Annual administration report of the Civil Veterinary Department of India - 1910-1911
Year: 1910
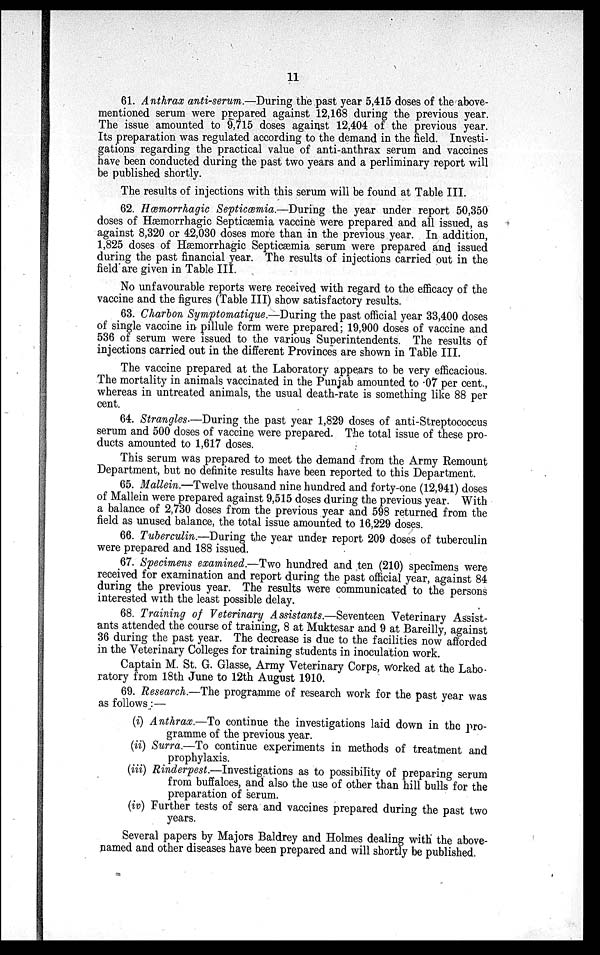
11
61. Anthrax anti-serum.—During the past year 5,415 doses of the above-
mentioned serum were prepared against 12,168 during the previous year.
The issue amounted to 9,715 doses against 12,404 of the previous year.
Its preparation was regulated according to the demand in the field. Investi-
gations regarding the practical value of anti-anthrax serum and vaccines
have been conducted during the past two years and a perliminary report will
be published shortly.
The results of injections with this serum will be found at Table III.
62. Hæmorrhagic Septicæmia.—During the year under report 50,350
doses of Hæmorrhagic Septicæmia vaccine were prepared and all issued, as
against 8,320 or 42,030 doses more than in the previous year. In addition,
1,825 doses of Hæmorrhagic Septicæmia serum were prepared and issued
during the past financial year. The results of injections carried out in the
field are given in Table III.
No unfavourable reports were received with regard to the efficacy of the
vaccine and the figures (Table III) show satisfactory results.
63. Charbon Symptomatique.—During the past official year 33,400 doses
of single vaccine in pillule form were prepared; 19,900 doses of vaccine and
536 of serum were issued to the various Superintendents. The results of
injections carried out in the different Provinces are shown in Table III.
The vaccine prepared at the Laboratory appears to be very efficacious.
The mortality in animals vaccinated in the Punjab amounted to .07 per cent.,
whereas in untreated animals, the usual death-rate is something like 88 per
cent.
64. Strangles.—During the past year 1,829 doses of anti-Streptococcus
serum and 500 doses of vaccine were prepared. The total issue of these pro-
ducts amounted to 1,617 doses.
This serum was prepared to meet the demand from the Army Remount
Department, but no definite results have been reported to this Department.
65. Mallein.—Twelve thousand nine hundred and forty-one (12,941) doses
of Mallein were prepared against 9,515 doses during the previous year. With
a balance of 2,730 doses from the previous year and 598 returned from the
field as unused balance, the total issue amounted to 16,229 doses.
66. Tuberculin.—During the year under report 209 doses of tuberculin
were prepared and 188 issued.
67. Specimens examined.—Two hundred and ten (210) specimens were
received for examination and report during the past official year, against 84
during the previous year. The results were communicated to the persons
interested with the least possible delay.
68. Training of Veterinary Assistants.—Seventeen Veterinary Assist-
ants attended the course of training, 8 at Muktesar and 9 at Bareilly, against
36 during the past year. The decrease is due to the facilities now afforded
in the Veterinary Colleges for training students in inoculation work.
Captain M. St. G. Glasse, Army Veterinary Corps, worked at the Labo-
ratory from 18th June to 12th August 1910.
69. Research.—The programme of research work for the past year was
as follows:—
(i) Anthrax.—To continue the investigations laid down in the pro-
gramme of the previous year.
(ii) Surra.—To continue experiments in methods of treatment and
prophylaxis.
(iii) Rinderpest.—Investigations as to possibility of preparing serum
from buffaloes, and also the use of other than hill bulls for the
preparation of serum.
(iv) Further tests of sera and vaccines prepared during the past two
years.
Several papers by Majors Baldrey and Holmes dealing with the above-
named and other diseases have been prepared and will shortly be published.